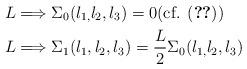
LaTeX: \begin{align*}L & \Longrightarrow\Sigma_{0}(l_{1,}l_{2},l_{3})=0\mbox{(cf. (\ref{vanishSigma0}))}\\L & \Longrightarrow\Sigma_{1}(l_{1},l_{2},l_{3})=\frac{L}{2}\Sigma_{0}(l_{1,}l_{2},l_{3})\end{align*}